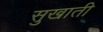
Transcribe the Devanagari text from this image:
सुखाती